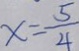
x = \frac { 5 } { 4 }